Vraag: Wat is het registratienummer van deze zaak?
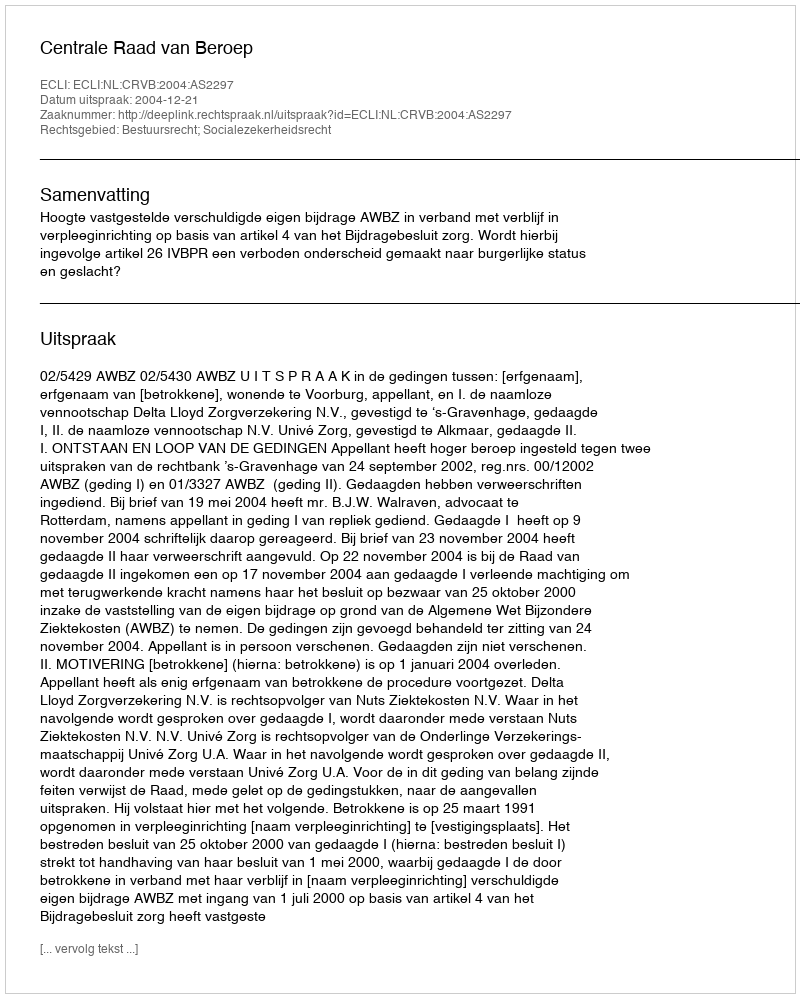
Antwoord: http://deeplink.rechtspraak.nl/uitspraak?id=ECLI:NL:CRVB:2004:AS2297